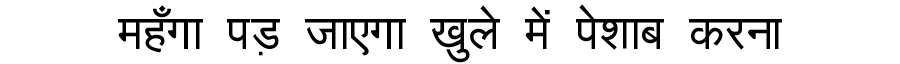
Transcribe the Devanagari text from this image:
महँगा पड़ जाएगा खुले में पेशाब करना